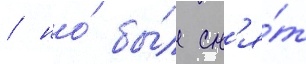
/ но́ бы́л сн'я́т